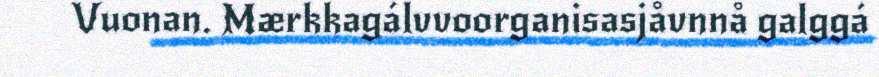
Vuonan. Mærkkagálvvoorganisasjåvnnå galggá